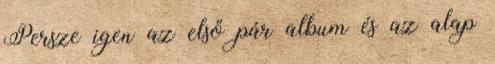
Persze igen az első pár album és az alap